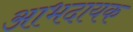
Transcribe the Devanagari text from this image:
आभदायक